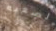
الصعبه